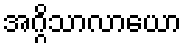
အဂ္ဂိသာလာယော